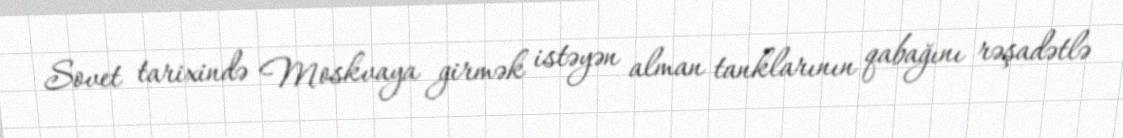
Sovet tarixində Moskvaya girmək istəyən alman tanklarının qabağını rəşadətlə